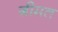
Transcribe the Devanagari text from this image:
ग़ीमत